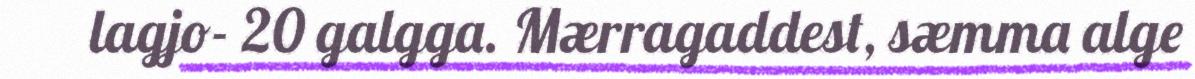
lagjo- 20 galgga. Mærragaddest, sæmma alge